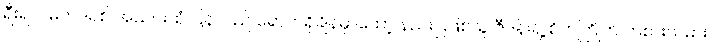
ရီးရဲလ်မက်ဒရစ် အသင်းထံ ပြန်လည် ရောက်ရှိချိန်မှာတော့ နည်းပြဖြစ်သူ ဇီဒန်းရဲ့ စိတ်ကြိုက် ကစားသမား